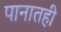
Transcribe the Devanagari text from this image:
पानातही